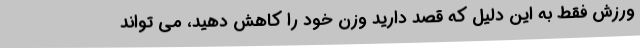
ورزش فقط به این دلیل که قصد دارید وزن خود را کاهش دهید، می تواند